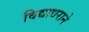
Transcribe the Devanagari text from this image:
विद्याधराने